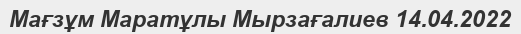
Мағзұм Маратұлы Мырзағалиев 14.04.2022